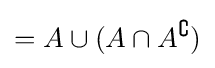
=A\cup (A\cap A^{\complement })